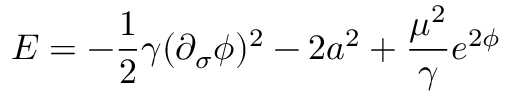
E = - \frac { 1 } 2 { \gamma } ( \partial _ { \sigma } \phi ) ^ { 2 } - 2 a ^ { 2 } + \frac { \mu ^ { 2 } } { \gamma } e ^ { 2 \phi }